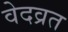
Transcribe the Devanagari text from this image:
वेदव्रत